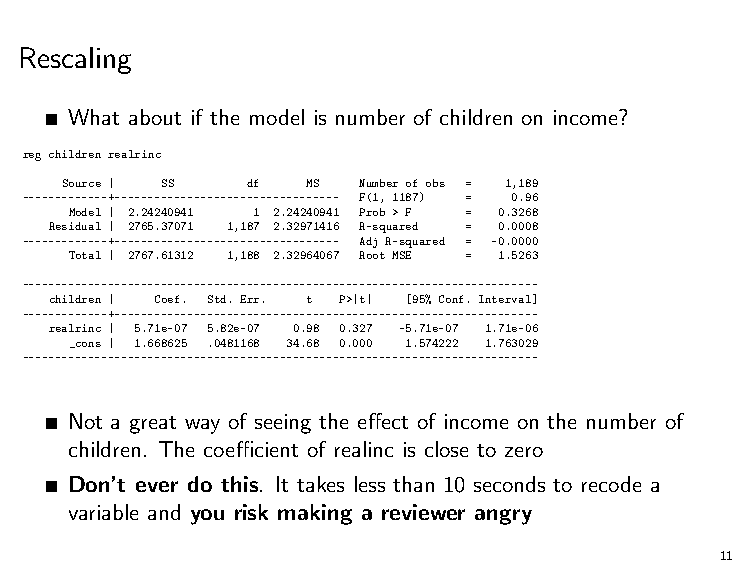
Rescaling
 What about if the model is number of children on income?
 reg children realrinc
 Source | SS df  MS  Number of obs = 1,189
 -------------+---------------------------------- F(1, 1187) = 0.96
 Model | 2.24240941 1 2.24240941 Prob > F = 0.3268
 Residual | 2765.37071 1,187 2.32971416 R-squared = 0.0008
 -------------+---------------------------------- Adj R-squared = -0.0000
 Total | 2767.61312 1,188 2.32964067 Root MSE = 1.5263
 ------------------------------------------------------------------------------
 children | Coef. Std. Err. t P>|t| [95% Conf. Interval]
 -------------+----------------------------------------------------------------
 realrinc | 5.71e-07 5.82e-07 0.98 0.327 -5.71e-07 1.71e-06
 _cons | 1.668625 .0481168 34.68 0.000 1.574222 1.763029
 ------------------------------------------------------------------------------
 Not a great way of seeing the effect of income on the number of
 children. The coefficient of realinc is close to zero
 Don’t ever do this. It takes less than 10 seconds to recode a
 variable and you risk making a reviewer angry
 11